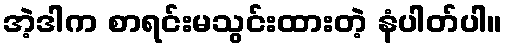
အဲ့ဒါက စာရင်းမသွင်းထားတဲ့ နံပါတ်ပါ။